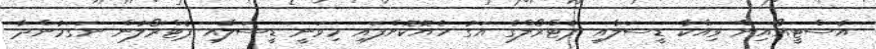
އެސްޓީއޯއިން ވިއްކާ ޑީސަލާއި ޕެޓްރޯލްގެ އަގު ހެޔޮކޮށްފައި މިވަނީ ޑީސަލާއި ޕެޓްރޯލުން ނަގަމުންދާ